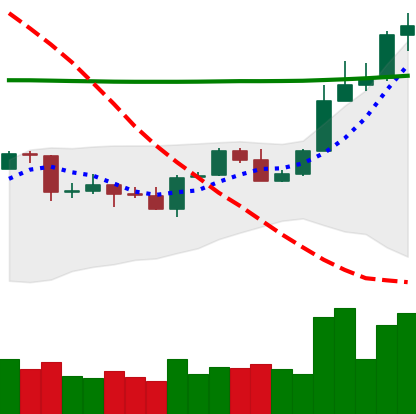
Ticker: ADA-USD
Chart end date: 2020-04-27
Forward return: 9.47%
Label: up_7plus